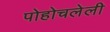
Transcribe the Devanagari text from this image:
पोहोचलेली